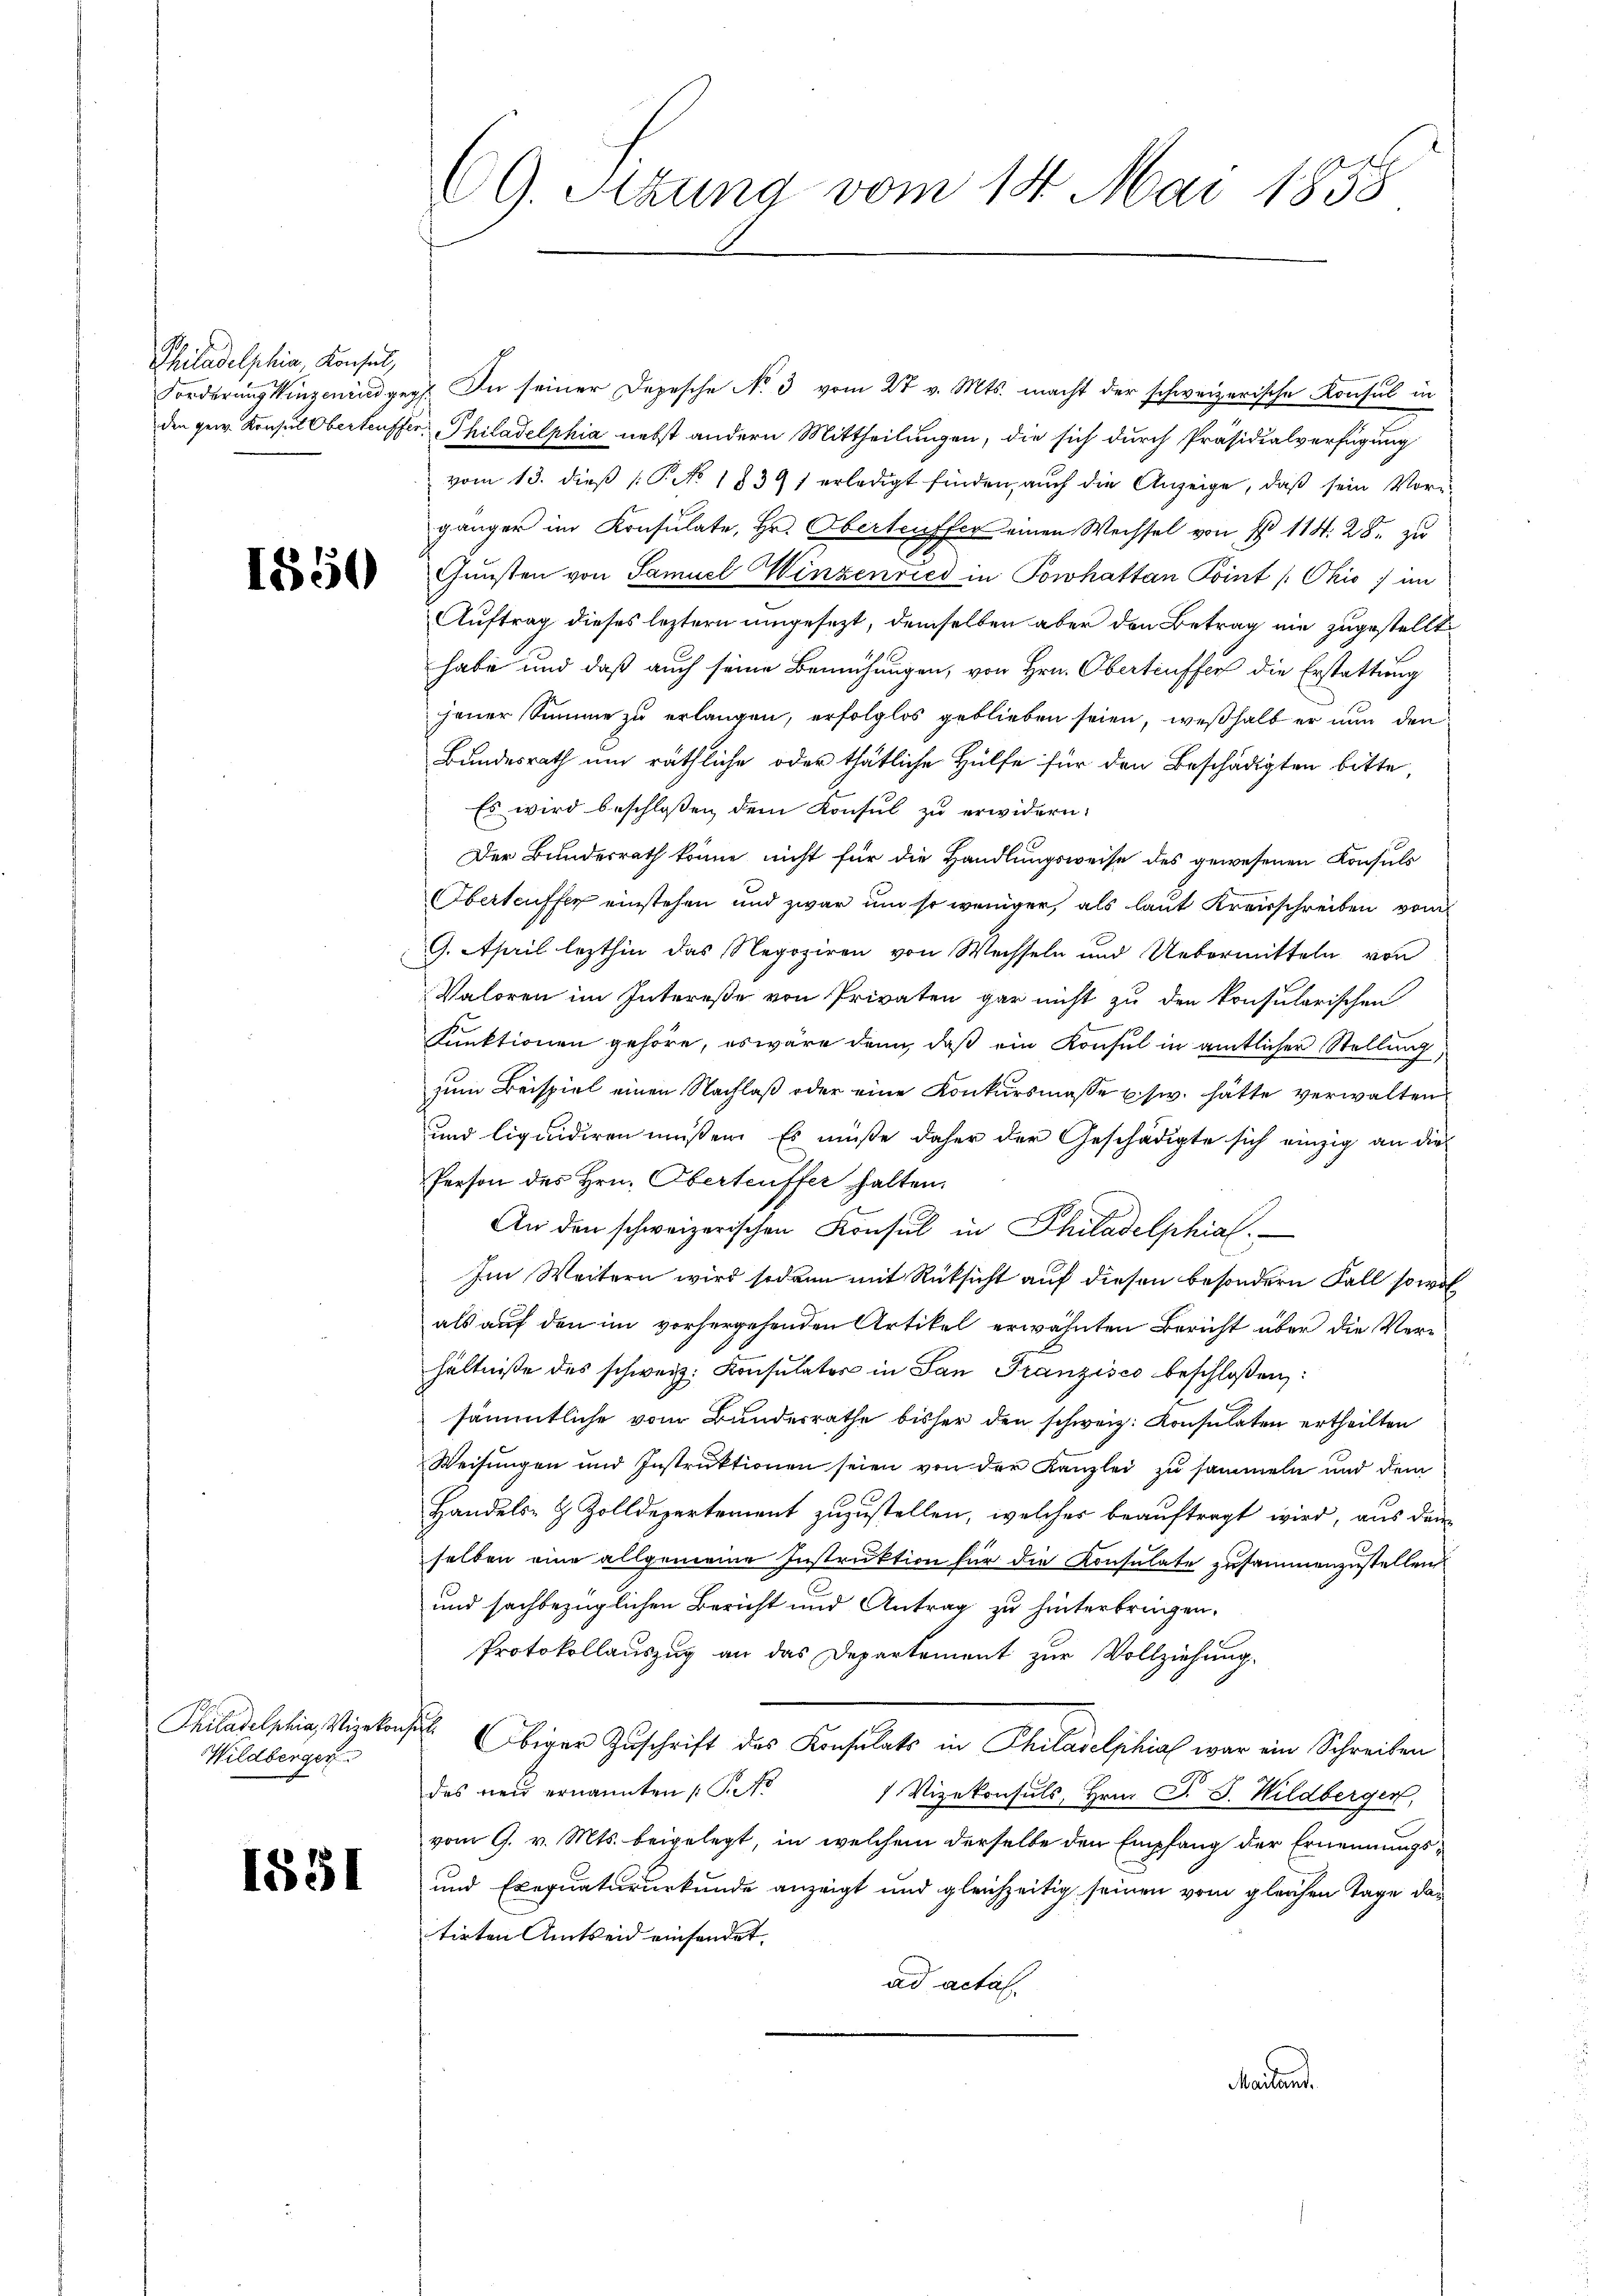
Philadelphia Konsul,

1850

Forderung singenindgeg. In seiner Depesche No 3 vom 27 v. Mts. macht der schweizerische Konsul in
den gew. Konsul Oberteuffer Philadelphia nebst andern Mittheilungen, die sich durch Präsidialverfügung
vom 13. dieß (T. No. 1839 f erledigt finden, auch die Anzeige, daß sein Vorgänger im Konsulate, Hr. Oberteuffer einen Wechsel von No 114. 28. zu
Gunsten von Samuel Winzenried in Powhatten Point / Ohio, im
Auftrag dieses leztern umgesezt, demselben aber den Betrag nie zugestellt
habe und daß auch seine Bemühungen, von Hrn. Obertreffer die Erstattung
jener Summe zu erlangen, erfolglos geblieben seien, weßhalb er nun den
Bundesrath um räthliche oder thätliche Hülfe für den Beschädigten bitte,
Es wird beschloßen, dem Konsul zu erwidern:
Der Bundesrath könne nicht für die Handlungsweise des gewesenen Konsuls
Oberteuffer einstehen und zwar um so weniger, als laut Kreisschreiben vom
9. April lezthin das Negoziren von Wechseln und Uebermitteln von
Valoren im Intereße von Privaten gar nicht zu den konsularischen
Kunktionen gehöre, es wäre dann, daß ein Konsul in amtlicher Stellung,
zum Beispiel einen Nachlaß oder eine Konkursmasse usw. hätte verwalten
und liquidiren müßen. Es müße daher der Geschädigte sich einzig an die
Person des Hrn. Oberteuffer halten.
An den schweizerischen Konsul in Philadelphial
Im Weitern wird sodann mit Rücksicht auf diesen besondern Fall sowoh
als auf den im vorhergehenden Artikel erwähnten Bericht über die Verhältniße des schweiz. Konsulater in San Franzisco beschloßen:
sämmtliche vom Bundesrathe bisher den schweiz. Konsulaten ertheilten
Weisungen und Instruktionen seien von der Kanzlei zu sammeln und dem
Handels- & Zolldepartement zuzustellen, welches beauftragt wird, aus dem
selben eine allgemeine Instruktion für die Konsulate zusammenzustellen
und sachbezüglichen Bericht und Antrag zu hinterbringen.
Protokollauszug an das Departement zur Vollziehung.
Obiger Zuschrift des Konsulats in Philadelphia war ein Schreiben
des neu ernannten S. 70
 Vizekonsuls, Hrn. F. J. Wildberger,
vom 9. v. Mts. beigelegt, in welchem derselbe den Empfang der Ernennungs¬
und Exequatururkunde anzeigt und gleichzeitig seinen vom gleichen Tage das
tirten Amtseid einsendet. |
ad actat
Mailand.

Philadelphia, Vizekonsul
Wildberger

1551

69. Sizung vom 14. Mai 1858